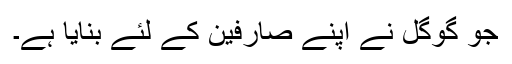
جو گوگل نے اپنے صارفین کے لئے بنایا ہے۔